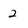
Character: 2